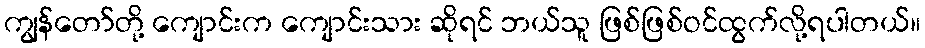
ကျွန်တော်တို့ ကျောင်းက ကျောင်းသား ဆိုရင် ဘယ်သူ ဖြစ်ဖြစ်ဝင်ထွက်လို့ရပါတယ်။